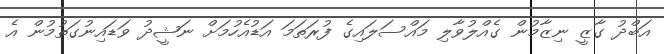
އަބްދު ގާޒީ ނިޒާމުން ގެއްލުވާލި މައްސަލައިގެ ފުރަތަމަ އަޑުއެހުމަށް ނަޝީދު ވަޑައިނުގަތުމުން އެ